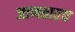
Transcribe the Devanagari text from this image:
जाणतातच